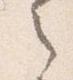
之